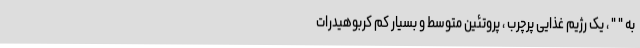
به " " ، یک رژیم غذایی پرچرب ، پروتئین متوسط و بسیار کم کربوهیدرات